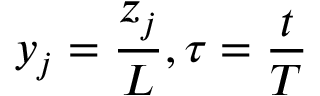
y _ { j } = \frac { z _ { j } } { L } , \tau = \frac { t } { T }